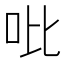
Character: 吡